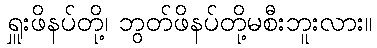
ရှူးဖိနပ်တို့၊ ဘွတ်ဖိနပ်တို့မစီးဘူးလား။